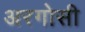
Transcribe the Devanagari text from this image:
अरगोसी